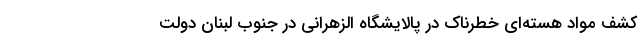
کشف مواد هسته‌ای خطرناک در پالایشگاه الزهرانی در جنوب لبنان دولت